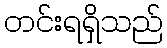
တင်းရရှိသည်